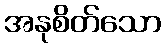
အနုစိတ်သော